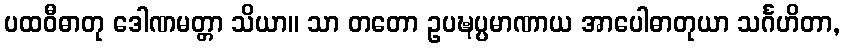
ပထဝီဓာတု ဒေါဏမတ္တာ သိယာ။ သာ တတော ဥပဍ္ဎပ္ပမာဏာယ အာပေါဓာတုယာ သင်္ဂဟိတာ,